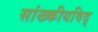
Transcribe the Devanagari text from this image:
सांख्कीयविद्